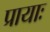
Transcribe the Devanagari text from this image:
प्रायाः